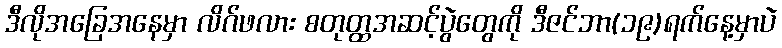
ဒီလိုအခြေအနေမှာ လိဂ်ဖလား စတုတ္ထအဆင့်ပွဲတွေကို ဒီဇင်ဘာ(၁၉)ရက်နေ့မှာပဲ